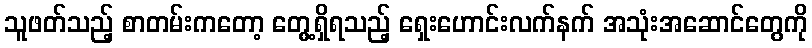
သူဖတ်သည့် စာတမ်းကတော့ တွေ့ရှိရသည့် ရှေးဟောင်းလက်နက် အသုံးအဆောင်တွေကို